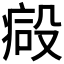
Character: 𣪪